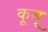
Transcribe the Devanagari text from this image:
कूमू